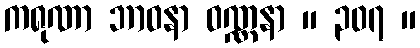
ကရုဏာ ဘာဝနာ ဝဏ္ဏနာ ။ ၃၀၇ ။